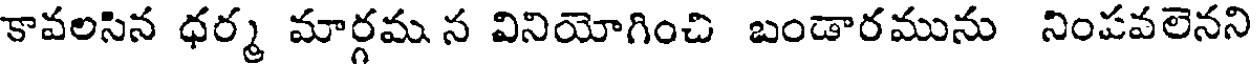
కావలసిన ధర్మ మార్గమ న వినియోగించి బండారమును నింపవలెనని